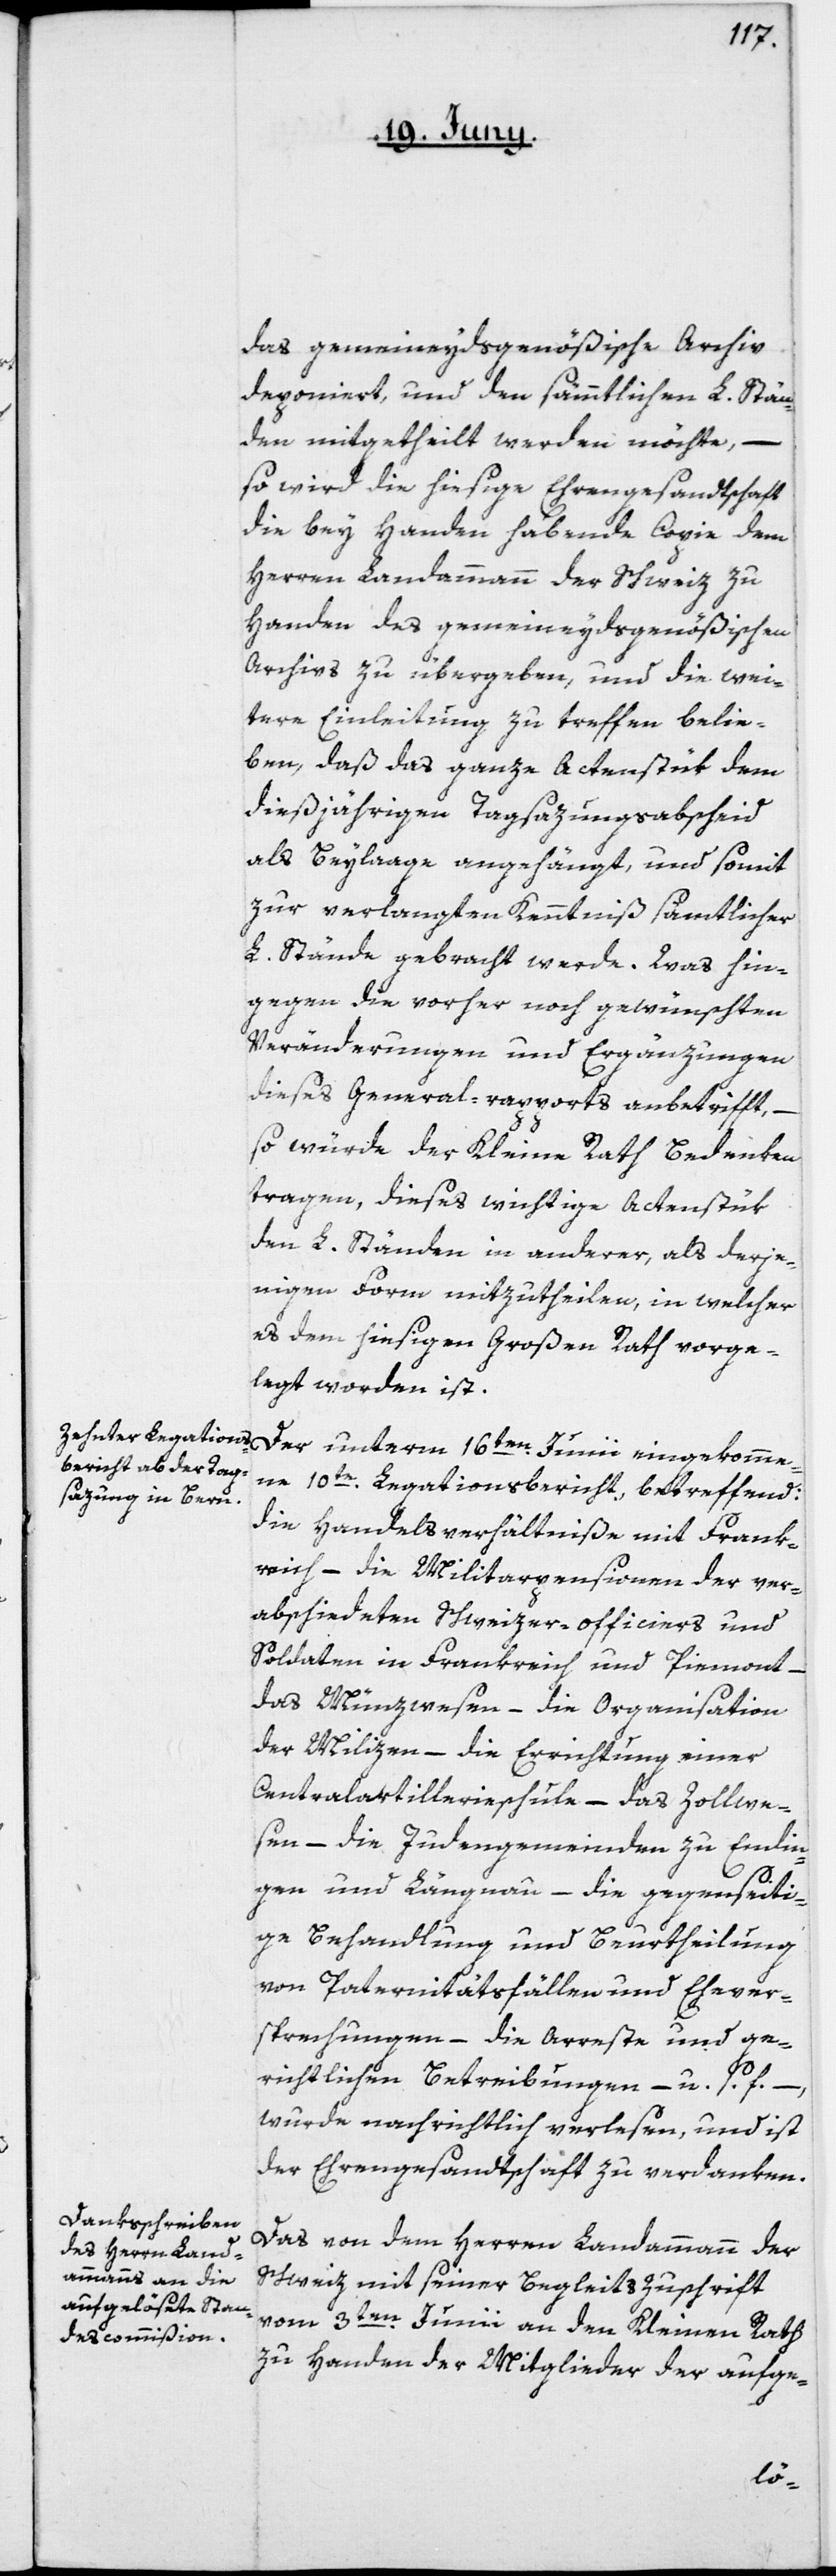
das gemeineydsgenößische Archiv
deponiert, und den sämmtlichen L. Stän¬
den mitgetheilt werden möchte, –
so wird die hiesige Ehrengesandtschaft
die bey Handen habende Copie dem
Herren Landammann der Schweiz zu
Handen des gemeineydsgenößischen
Archivs zu übergeben, und die wei¬
tere Einleitung zu treffen belie¬
ben, daß das ganze Actenstük dem
dießjährigen Tagsazungsabscheid
als Beylage angehängt, und somit
zur verlangten Kenntniß sämtlicher
L. Stände gebracht werde. Was hin¬
gegen die vorher noch gewünschten
Veränderungen und Ergänzungen
dieses General-Rapports anbetrifft, –
so würde der Kleine Rath Bedenken
tragen, dieses wichtige Actenstük
den L. Ständen in anderer, als derje¬
nigen Form mitzutheilen, in welcher
es dem hiesigen Großen Rath vorge¬
legt worden ist.
Der unterm 16ten Junii eingekomme¬
ne 10te Legationsbericht betreffend:
die Handelsverhältniße mit Frank¬
reich, – die Militarpensionen der ver¬
abschiedeten Schweizer-Officiers und
Soldaten in Frankreich und Piemont,
das Münzwesen, – die Organisation
der Milizen, – die Errichtung einer
Centralartillerieschule, – das Zollwe¬
sen, – die Judengemeinden zu Endin¬
gen und Längnau, – die gegenseiti¬
ge Behandlung und Beurtheilung
von Paternitätsfällen und Ehever¬
sprechungen, – die Arreste und ge¬
richtlichen Betreibungen – u. s. f., –
wurde nachrichtlich verlesen, und ist
der Ehrengesandtschaft zu verdanken.
Das von dem Herren Landammann der
Schweiz mit seiner Begleitszuschrift
vom 3ten Junii an den Kleinen Rath
zu Handen der Mitglieder der aufge-